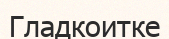
Гладкоитке